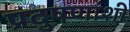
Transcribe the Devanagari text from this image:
प्रदुषणांशी